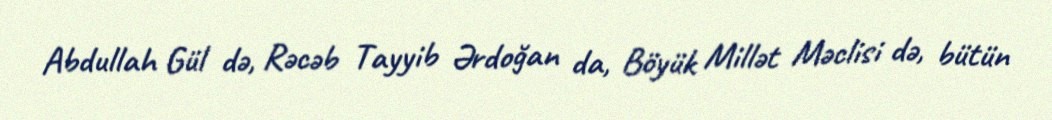
Abdullah Gül də, Rəcəb Tayyib Ərdoğan da, Böyük Millət Məclisi də, bütün